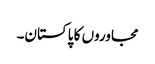
مجاوروں کا پاکستان۔